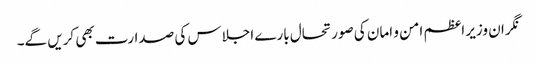
نگران وزیر اعظم امن و امان کی صورتحال بارے اجلاس کی صدارت بھی کریں گے۔